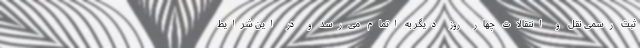
ثبت رسمی نقل و انتقالات چهار روز دیگر به اتمام می‌رسد و در این شرایط